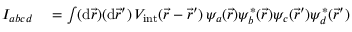
\begin{array} { r l } { I _ { a b c d } } & { { } = \int ( \mathrm { d } \vec { r } ) ( \mathrm { d } \vec { r } ^ { \prime } ) \, V _ { \mathrm { i n t } } ( \vec { r } - \vec { r } ^ { \prime } ) \, \psi _ { a } ( \vec { r } ) \psi _ { b } ^ { * } ( \vec { r } ) \psi _ { c } ( \vec { r } ^ { \prime } ) \psi _ { d } ^ { * } ( \vec { r } ^ { \prime } ) } \end{array}